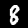
Label: 8